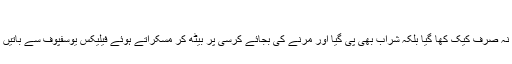
مگر
راسپوٹین نہ صرف کیک کھا گیا بلکہ شراب بھی پی گیا اور مرنے کی بجائے کرسی پر بیٹھ کر مسکراتے ہوئے فیلیکس یوسفپوف سے باتیں کرتا رہا۔